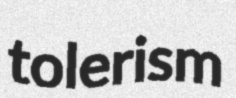
tolerism